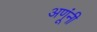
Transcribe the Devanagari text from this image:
अणूंनी